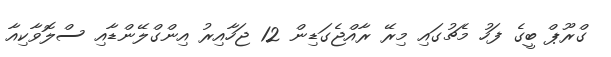
ގްރޫޕް ބީގެ ފަހު މެޗުގައި މިރޭ ރާއްޖެގަޑިން 12 ޖަހާއިރު އިންގްލޭންޑާއި ސްލޮވާކިއާ